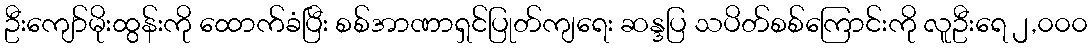
ဦးကျော်မိုးထွန်းကို ထောက်ခံပြီး စစ်အာဏာရှင်ပြုတ်ကျရေး ဆန္ဒပြ သပိတ်စစ်ကြောင်းကို လူဦးရေ ၂,၀၀၀